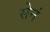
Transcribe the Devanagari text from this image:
सेनं